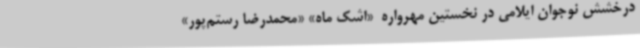
درخشش نوجوان ایلامی در نخستین مهرواره  «اشک ماه» «محمدرضا رستم‌پور»